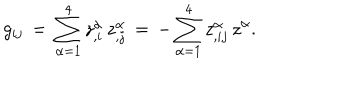
g _ { i j } \, = \, \sum _ { \alpha = 1 } ^ { 4 } { } z _ { , i } ^ { \alpha } \, z _ { , j } ^ { \alpha } \, = \, - \sum _ { \alpha = 1 } ^ { 4 } { } z _ { , i j } ^ { \alpha } \, z ^ { \alpha } .